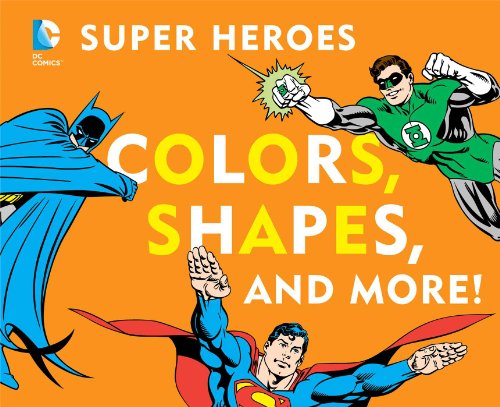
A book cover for DC Super Heroes Colors, Shapes & More!; David Bar Katz; Children's Books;